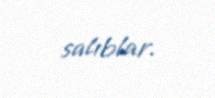
salıblar.